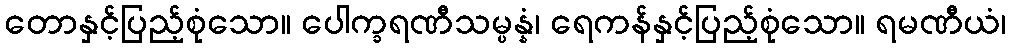
တောနှင့်ပြည့်စုံသော။ ပေါက္ခရဏီသမ္ပန္နံ၊ ရေကန်နှင့်ပြည့်စုံသော။ ရမဏီယံ၊